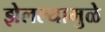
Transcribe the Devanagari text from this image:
झेलल्यामुळे